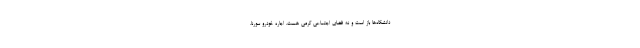
دانشگاه‌ها باز است و نه فضای اجتماعی گرمی هست. اجاره خودرو سورنا،